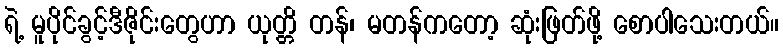
ရဲ့ မူပိုင်ခွင့်ဒီဇိုင်းတွေဟာ ယုတ္တိ တန်၊ မတန်ကတော့ ဆုံးဖြတ်ဖို့ စောပါသေးတယ်။